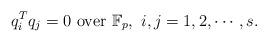
LaTeX: \begin{align*}q_i^Tq_j=0~\mbox{over}~\mathbb{F}_p,~i,j=1,2,\cdots,s.\end{align*}